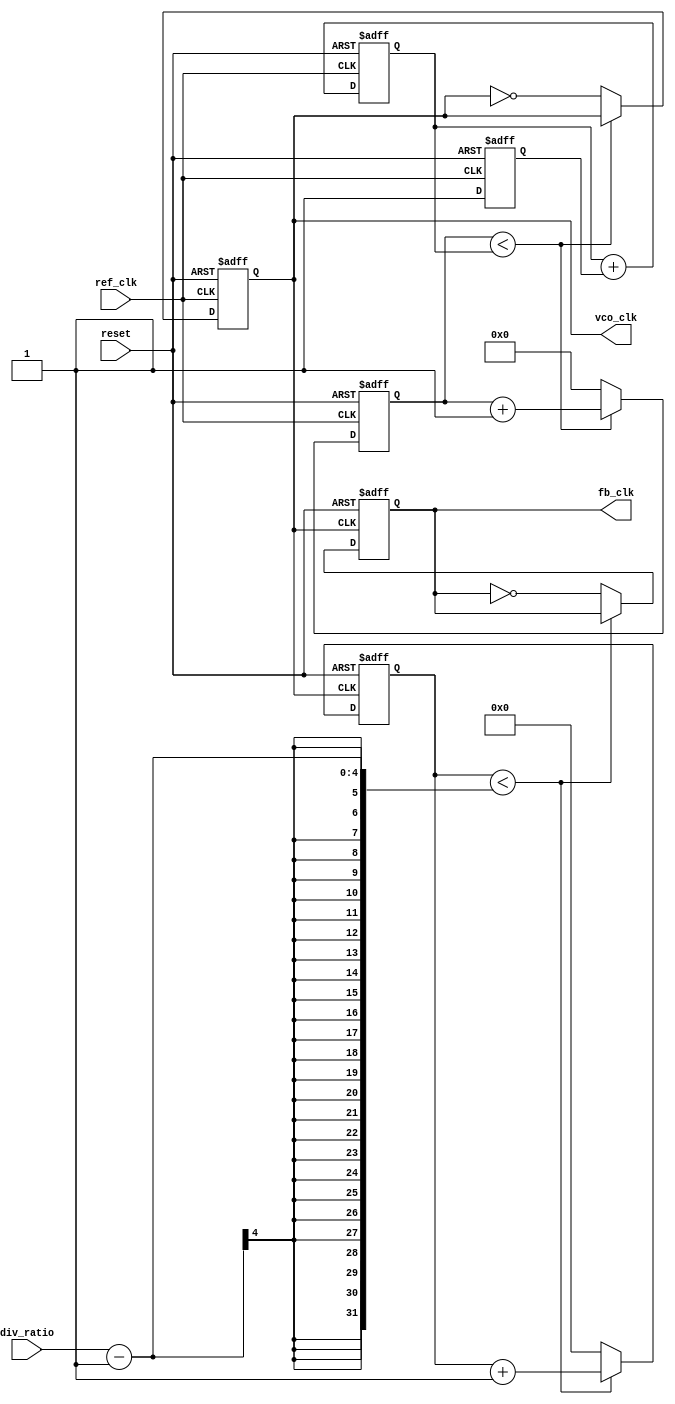
module pll (
    input wire ref_clk,        // Reference clock input
    input wire reset,         // Asynchronous reset
    input wire [3:0] div_ratio, // Divider ratio for feedback
    output reg vco_clk,       // Output clock from VCO
    output reg fb_clk         // Feedback clock
);

// Phase Detector (PD)
reg phase_error; // Phase error signal

always @(posedge ref_clk or posedge reset) begin
    if (reset) begin
        phase_error <= 0;
    end else begin
        // Simple phase detection logic (leading/lagging detection)
        // This is a placeholder for actual phase detection logic
        if (vco_clk) begin
            phase_error <= 1; // Feedback clock is leading
        end else begin
            phase_error <= -1; // Feedback clock is lagging
        end
    end
end

// Loop Filter
reg [7:0] VCO_ctrl; // Control voltage for VCO

always @(posedge ref_clk or posedge reset) begin
    if (reset) begin
        VCO_ctrl <= 8'd128; // Initial control voltage
    end else begin
        // Simple loop filter logic (integrate phase error)
        VCO_ctrl <= VCO_ctrl + phase_error; // Adjust control voltage based on phase error
    end
end

// Voltage-Controlled Oscillator (VCO)
reg [7:0] vco_counter; // VCO frequency control

always @(posedge ref_clk or posedge reset) begin
    if (reset) begin
        vco_counter <= 0;
        vco_clk <= 0;
    end else begin
        // VCO frequency controlled by VCO_ctrl
        if (vco_counter < VCO_ctrl) begin
            vco_counter <= vco_counter + 1;
        end else begin
            vco_counter <= 0;
            vco_clk <= ~vco_clk; // Toggle VCO clock
        end
    end
end

// Feedback Divider
reg [3:0] fb_counter; // Feedback counter

always @(posedge vco_clk or posedge reset) begin
    if (reset) begin
        fb_counter <= 0;
        fb_clk <= 0;
    end else begin
        if (fb_counter < div_ratio - 1) begin
            fb_counter <= fb_counter + 1;
        end else begin
            fb_counter <= 0;
            fb_clk <= ~fb_clk; // Toggle feedback clock
        end
    end
end

endmodule